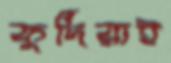
কুর্দিরাই